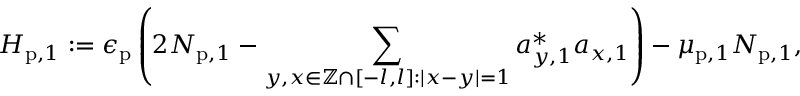
H _ { \mathrm { p } , 1 } : = \epsilon _ { \mathrm { p } } \left( 2 N _ { \mathrm { p } , 1 } - \sum _ { y , x \in \mathbb { Z } \cap \lbrack - l , l ] : | x - y | = 1 } a _ { y , 1 } ^ { \ast } a _ { x , 1 } \right) - \mu _ { \mathrm { p } , 1 } N _ { \mathrm { p } , 1 } ,